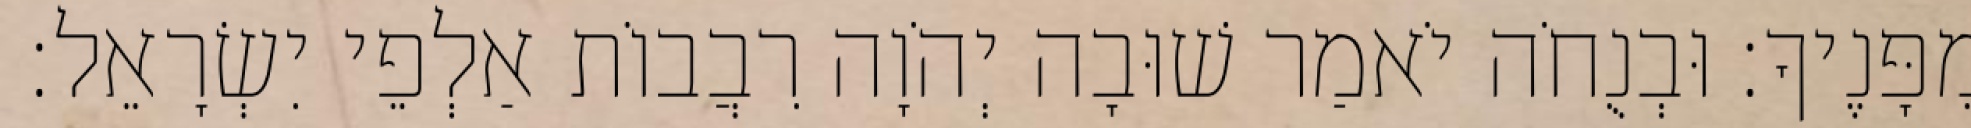
מִפָּנֶיךָ׃ וּבְנֻחֹה יֹאמַר שׁוּבָה יְהֹוָה רִבֲבוֹת אַלְפֵי יִשְׂרָאֵל׃